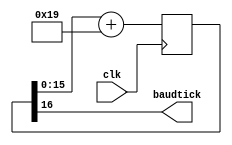
module uart_baudgenerator(
		clk,
		baudtick
	);

	//Parameters:
	//================================================
	parameter CLOCK = 25000000; // 25MHz
	parameter BAUD = 9600;
	parameter ACCWIDTH = 16;
	parameter ROUNDBITS = 5;
	parameter INC = ((BAUD<<(ACCWIDTH-(ROUNDBITS-1)))+(CLOCK>>ROUNDBITS))/(CLOCK>>(ROUNDBITS-1));

	//IO Definitions:
	//================================================
	input clk;
	output baudtick;
	
	//Register/Wire Definitions:
	//================================================
	reg [ACCWIDTH:0] accumulator = 0;
	
	//BUFG Instatiation:
	//================================================
	
	//Module Instantiation:
	//================================================
	
	//Assignments:
	//================================================
	assign baudtick = accumulator[ACCWIDTH];
	
	//Toplevel Logic:
	//================================================
	always @(posedge clk)
		accumulator <= accumulator[ACCWIDTH-1:0] + INC;

endmodule